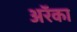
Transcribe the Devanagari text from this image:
अरॅका